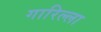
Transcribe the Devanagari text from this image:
गारिल्ला